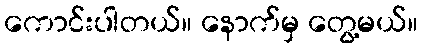
ကောင်းပါတယ်။ နောက်မှ တွေ့မယ်။